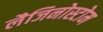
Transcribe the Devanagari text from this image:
लैजिनोस्टोम